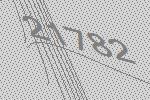
21782